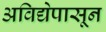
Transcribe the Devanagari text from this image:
अविद्येपासून